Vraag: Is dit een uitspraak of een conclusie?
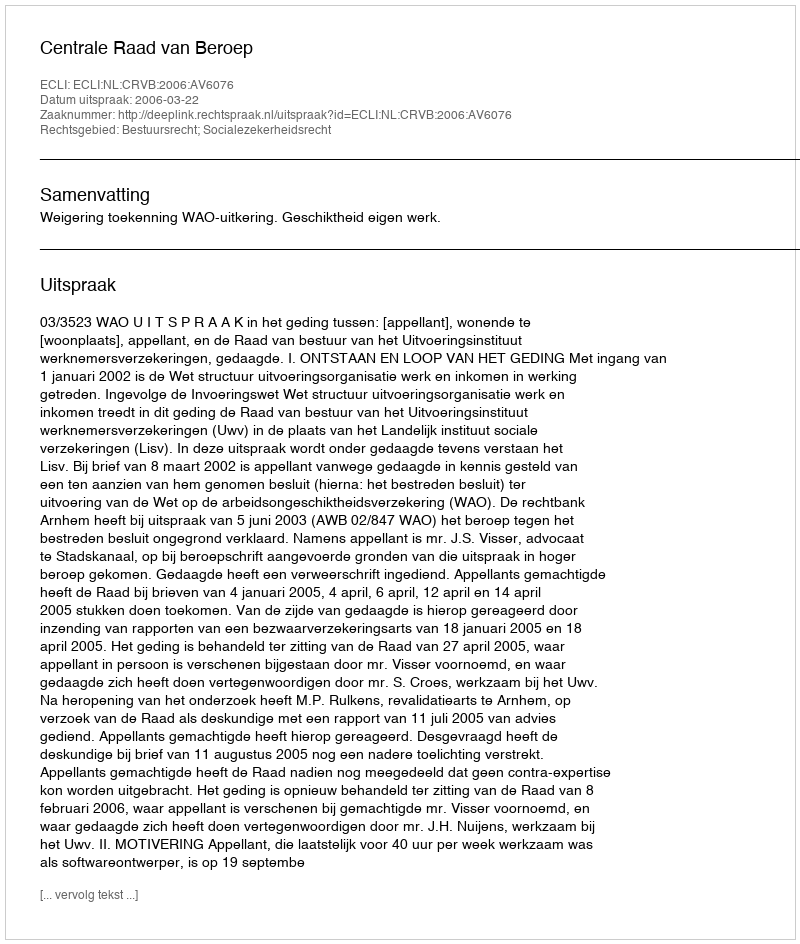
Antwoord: Uitspraak